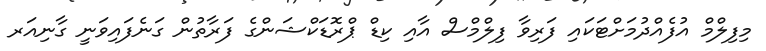
މިފިލްމް އުފެއްދުމަށްޓަކައި ފަރިވާ ފިލްމްސް އާއި ކިޑް ޕްރޮޑަކްޝަންގެ ފަރާތުން ގަނެފައިވަނީ ގާނިއަރ